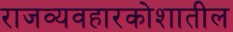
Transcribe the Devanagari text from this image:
राजव्यवहारकोशातील